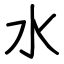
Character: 水